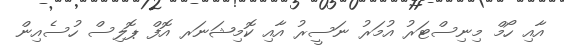
އާއި ހޯމް މިނިސްޓަރު އުމަރު ނަސީރު އާއި ކޮމިޝަނަރ އޮފް ޕޮލިސް ހުސެއިން